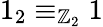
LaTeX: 1_{2}\equiv_{\mathbb{Z}_{2}}1